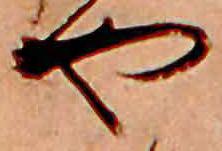
や